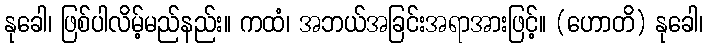
နုခေါ၊ ဖြစ်ပါလိမ့်မည်နည်း။ ကထံ၊ အဘယ်အခြင်းအရာအားဖြင့်။ (ဟောတိ) နုခေါ၊